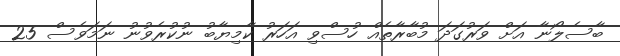
ބާސެލޯނާ އަށް ވަރުގަދަ މުބާރާތެއް ހުސްވި އަހަރު ކާމިޔާބު ނުކުރެވުނު ނަމަވެސް 25